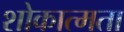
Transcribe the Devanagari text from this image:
शोकात्मता